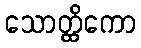
သောတ္ထိကော